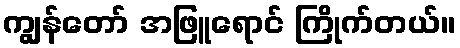
ကျွန်တော် အဖြူရောင် ကြိုက်တယ်။